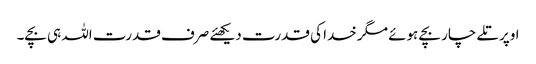
اوپر تلے چار بچے ہوئے مگر خدا کی قدرت دیکھئے صرف قدرت اللہ ہی بچے۔